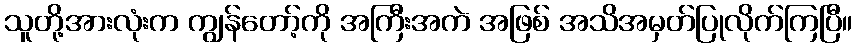
သူတို့အားလုံးက ကျွန်တော့်ကို အကြီးအကဲ အဖြစ် အသိအမှတ်ပြုလိုက်ကြပြီ။